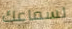
لسماعك